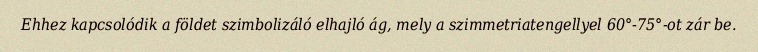
Ehhez kapcsolódik a földet szimbolizáló elhajló ág, mely a szimmetriatengellyel 60°-75°-ot zár be.